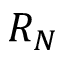
R _ { N }